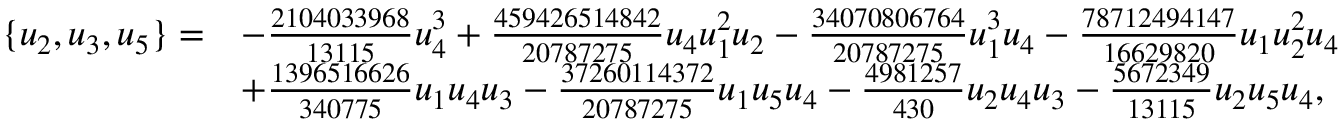
\begin{array} { r l } { \{ u _ { 2 } , u _ { 3 } , u _ { 5 } \} = } & { - \frac { 2 1 0 4 0 3 3 9 6 8 } { 1 3 1 1 5 } u _ { 4 } ^ { 3 } + \frac { 4 5 9 4 2 6 5 1 4 8 4 2 } { 2 0 7 8 7 2 7 5 } u _ { 4 } u _ { 1 } ^ { 2 } u _ { 2 } - \frac { 3 4 0 7 0 8 0 6 7 6 4 } { 2 0 7 8 7 2 7 5 } u _ { 1 } ^ { 3 } u _ { 4 } - \frac { 7 8 7 1 2 4 9 4 1 4 7 } { 1 6 6 2 9 8 2 0 } u _ { 1 } u _ { 2 } ^ { 2 } u _ { 4 } } \\ & { + \frac { 1 3 9 6 5 1 6 6 2 6 } { 3 4 0 7 7 5 } u _ { 1 } u _ { 4 } u _ { 3 } - \frac { 3 7 2 6 0 1 1 4 3 7 2 } { 2 0 7 8 7 2 7 5 } u _ { 1 } u _ { 5 } u _ { 4 } - \frac { 4 9 8 1 2 5 7 } { 4 3 0 } u _ { 2 } u _ { 4 } u _ { 3 } - \frac { 5 6 7 2 3 4 9 } { 1 3 1 1 5 } u _ { 2 } u _ { 5 } u _ { 4 } , } \end{array}